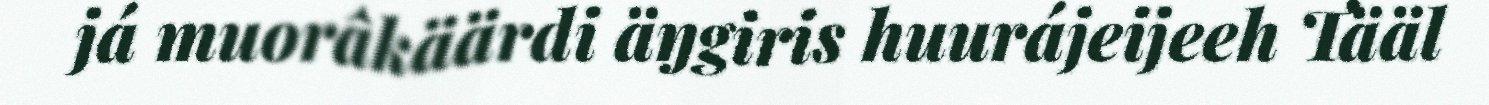
já muorâkäärdi äŋgiris huurájeijeeh Tääl